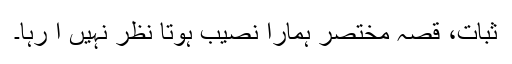
ثبات، قصہ مختصر ہمارا نصیب ہوتا نظر نہیں آ رہا۔